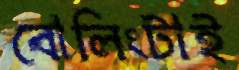
বোলিংটাই